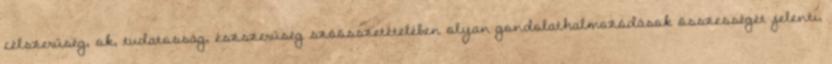
célszerűség, ok, tudatosság, észszerűség szóösszetételében olyan gondolathalmozódások összességét jelenti,